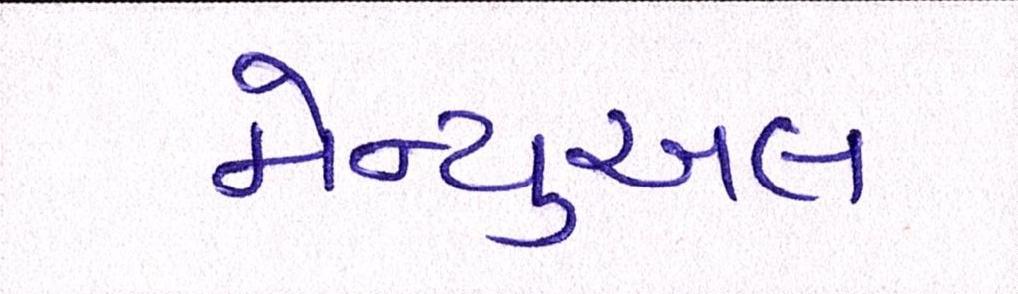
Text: મેન્યુઅલ